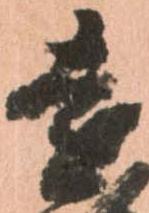
遠